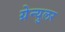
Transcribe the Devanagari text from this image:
ग्रेन्युलर